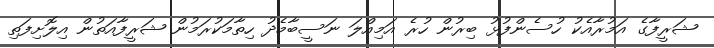
ޝަރީފާގެ އަމުރާއެކު ހުސެންފުޅު ބިރުން ހުރެ އަމިއްލަ ނަސީބާމެދު ހިތާމަކުރަމުން ޝަރީފާއަތުން އިލޮށިފަތި